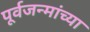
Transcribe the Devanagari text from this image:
पूर्वजन्मांच्या